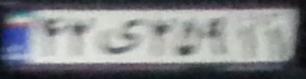
۴۲ی۲۵۹۱۱